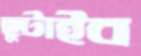
ছুটাইব